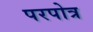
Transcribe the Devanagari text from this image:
परपोत्र